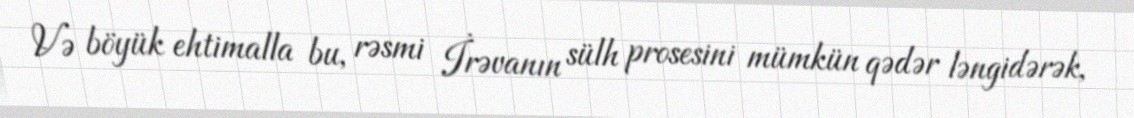
Və böyük ehtimalla bu, rəsmi İrəvanın sülh prosesini mümkün qədər ləngidərək,